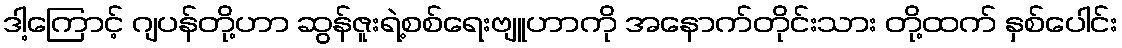
ဒါ့ကြောင့် ဂျပန်တို့ဟာ ဆွန်ဇူးရဲ့စစ်ရေးဗျူဟာကို အနောက်တိုင်းသား တို့ထက် နှစ်ပေါင်း